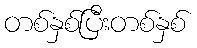
တစ်နှစ်ပြီးတစ်နှစ်